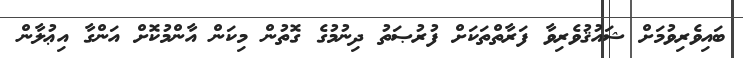
ބައިވެރިވުމަށް ޝައުޤުވެރިވާ ފަރާތްތަކަށް ފުރުޞަތު ދިނުމުގެ ގޮތުން މިކަން އާންމުކޮށް އަންގާ އިޢުލާން